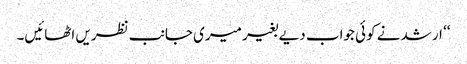
‘‘ ارشد نے کوئی جواب دیے بغیر میری جانب نظریں اٹھائیں۔